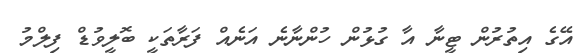
އޭގެ އިތުރުން ޓީނާ އާ ގުޅުން ހުންނާނެ އަނެއް ފަރާތަކީ ބޮލީވުޑް ފިލްމު